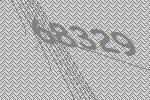
68329